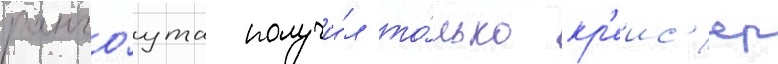
ранго́ута получи́л то́лько кр'еис'ер